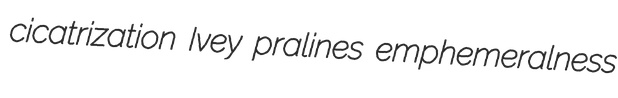
cicatrization Ivey pralines emphemeralness